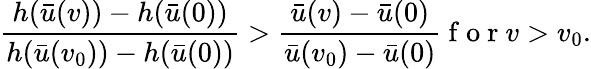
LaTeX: \frac{h(\bar{u}(v))-h(\bar{u}(0))}{h(\bar{u}(v_{0}))-h(\bar{u}(0))}>\frac{\bar{u}(v)-\bar{u}(0)}{\bar{u}(v_{0})-\bar{u}(0)}\mathrm{~f~o~r~}v>v_{0}.